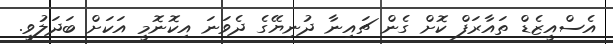
އެސްއީޒެޑް ތައާރަފް ކޮށް ގެން ޗައިނާ ދުނިޔޭގެ ދެވަނަ އިކޮނޮމީ އަކަށް ބަދަލުވީ.